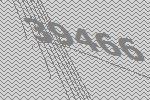
39466